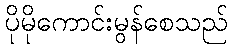
ပိုမိုကောင်းမွန်စေသည်